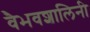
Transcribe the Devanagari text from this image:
वैभवशालिनी